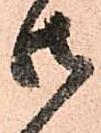
御